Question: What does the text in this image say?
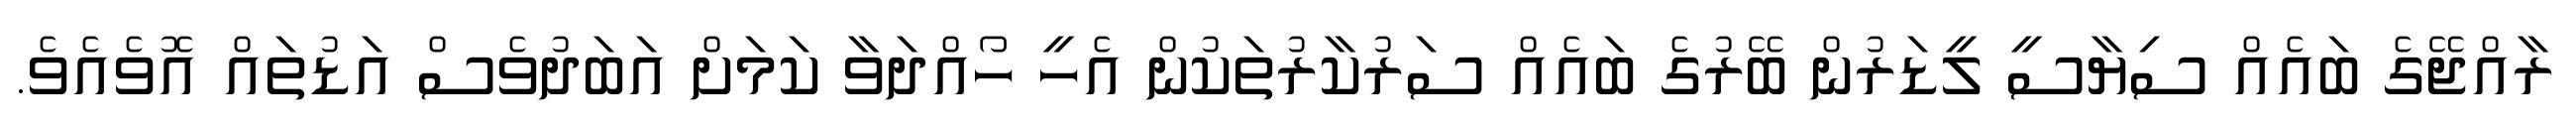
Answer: ރާއްޖޭގެ ބައެއް ސިޔާސީ ލީޑަރުން ބޭރުގެ ބައެއް ސަރުކާރުތަކުން އެހީ ހޯއްދަވާ ކަމަށް އަބަދުވެސް އަޑުތައް އޮވެއެވެ.